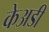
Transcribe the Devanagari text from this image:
केअडी